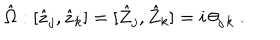
\hat { \Omega } : [ \hat { z } _ { j } , \hat { z } _ { k } ] = [ \hat { Z } _ { j } , \hat { Z } _ { k } ] = i \, \theta _ { j \, k } ~ .